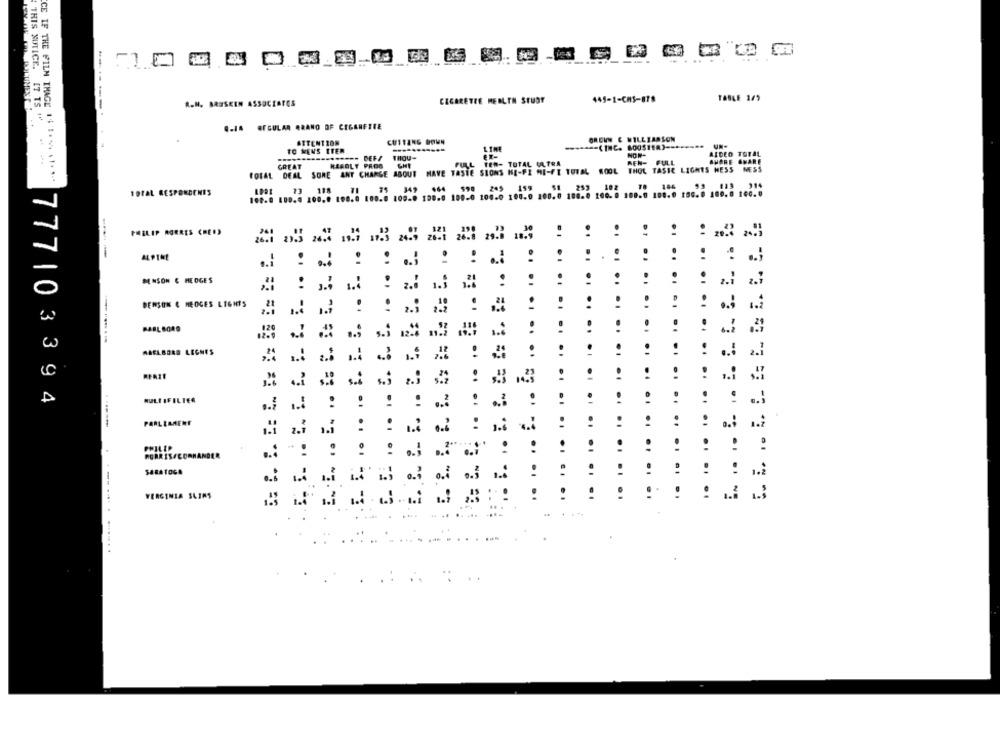
445-1-CHS-878
TABLE 145
A.N. BRUSKEN ASSOCIATES
CIGARETTE HEALTH STUDY
THIS NOTICE. IT IS ₩
4.14 REGULAR ARANO OF CIGARETTE
ATTENTION
CUTTING DOWN
GROWN & WILLIAMSON
TO MENS TTER
UN-
THOU-
NON-
AIDED TOTAL
....
GREAT
FULL TEN- TOTAL ULTRA
MEN- FULL
AHORE SHARE
FORAL DEAL SORE ANT CHARGE ABOUT
HAVE TASTE SIONS HE-FI ME-FT TOTAL WOOL THOL TASTE LIGHTS HESS NESS
CE IF THE FILM IMAGE 1$ !*** * 1 -*--
TOTAL RESPONDENES
108.6 100.8 100.0 100.0 100.0 109-0 100.0 100.0 100.0 100.0 100.0 100.0 100.0 100.0 100.0 150.0 108.0 168:6
E. E. .. R. E. E= EL EC E. E. S. E.
PHILIP MORRIS (RED)
..
----
. :
....
SENSON & HEDGES
-
0
BENSON & HEDGES LIGHTS
w
ABELBORD LECHES
.
..
..
.
...
777103394
RULI IFILTER
..
....
..
PARLIAMENT
..
PHILIP
RGARIS/COMMANDER
VERGINIA SLIMS
:::